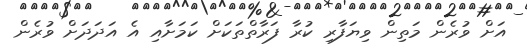
އަށް ވުރެން މަތިން ވިޔަފާރި ކުރާ ފަރާތްތަކަށް ކަމަށާއި އެ އަދަދަށް ވުރެން